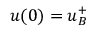
u ( 0 ) = u _ { B } ^ { + }